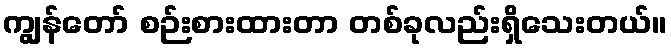
ကျွန်တော် စဉ်းစားထားတာ တစ်ခုလည်းရှိသေးတယ်။